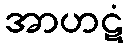
အာဟဋံ